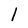
Character: l